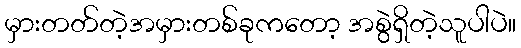
မှားတတ်တဲ့အမှားတစ်ခုကတော့ အစွဲရှိတဲ့သူပါပဲ။